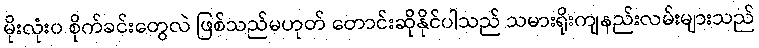
မိုးလုံး၀ စိုက်ခင်းတွေလဲ ဖြစ်သည်မဟုတ် တောင်းဆိုနိုင်ပါသည် သမားရိုးကျနည်းလမ်းများသည်